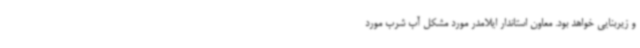
و زیربنایی خواهد بود. معاون استاندار ایلامدر مورد مشکل آب شرب مورد